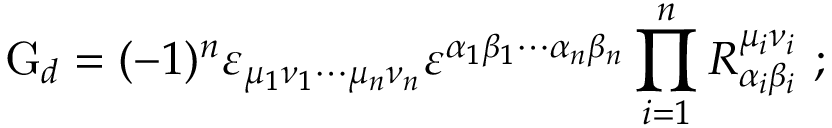
\mathrm { G } _ { d } = ( - 1 ) ^ { n } \varepsilon _ { \mu _ { 1 } \nu _ { 1 } \cdots \mu _ { n } \nu _ { n } } \varepsilon ^ { \alpha _ { 1 } \beta _ { 1 } \cdots \alpha _ { n } \beta _ { n } } \prod _ { i = 1 } ^ { n } R _ { \alpha _ { i } \beta _ { i } } ^ { \mu _ { i } \nu _ { i } } ~ ;